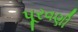
પૂરવણી